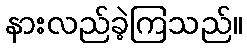
နားလည်ခဲ့ကြသည်။